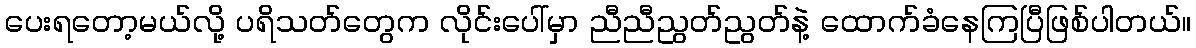
ပေးရတော့မယ်လို့ ပရိသတ်တွေက လိုင်းပေါ်မှာ ညီညီညွတ်ညွတ်နဲ့ ထောက်ခံနေကြပြီဖြစ်ပါတယ်။